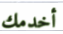
أخدمك